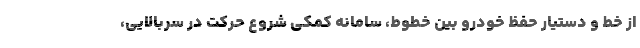
از خط و دستیار حفظ خودرو بین خطوط، سامانه کمکی شروع حرکت در سربالایی،